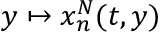
y \mapsto x _ { n } ^ { N } ( t , y )